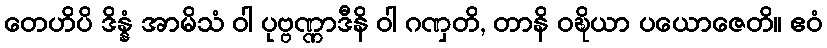
တေဟိပိ ဒိန္နံ အာမိသံ ဝါ ပုဗ္ဗဏ္ဏာဒီနိ ဝါ ဂဏှတိ, တာနိ ဝဍ္ဎိယာ ပယောဇေတိ။ ဧဝံ